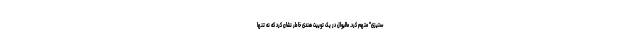
ستیزی" متهم کرد. مالیوال در یک توییت هندی خاطر نشان کرد که نه تنها